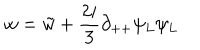
w = \tilde { w } + { \frac { 2 i } { 3 } } \partial _ { + + } \psi _ { L } \psi _ { L }